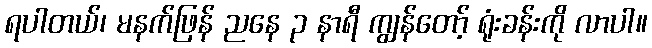
ရပါတယ်၊ မနက်ဖြန် ညနေ ၃ နာရီ ကျွန်တော့် ရုံးခန်းကို လာပါ။